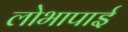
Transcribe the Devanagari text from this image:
लोभापाई